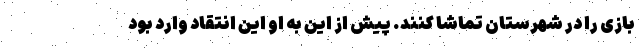
بازی را در شهرستان تماشا کنند. پیش از این به او این انتقاد وارد بود